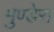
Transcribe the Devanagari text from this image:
मुण्डेरा